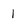
Character: 1